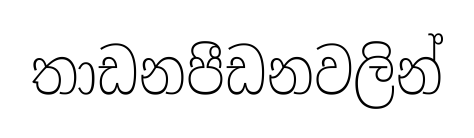
තාඩනපීඩනවලින්